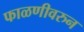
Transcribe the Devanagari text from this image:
फाळणीवरुन